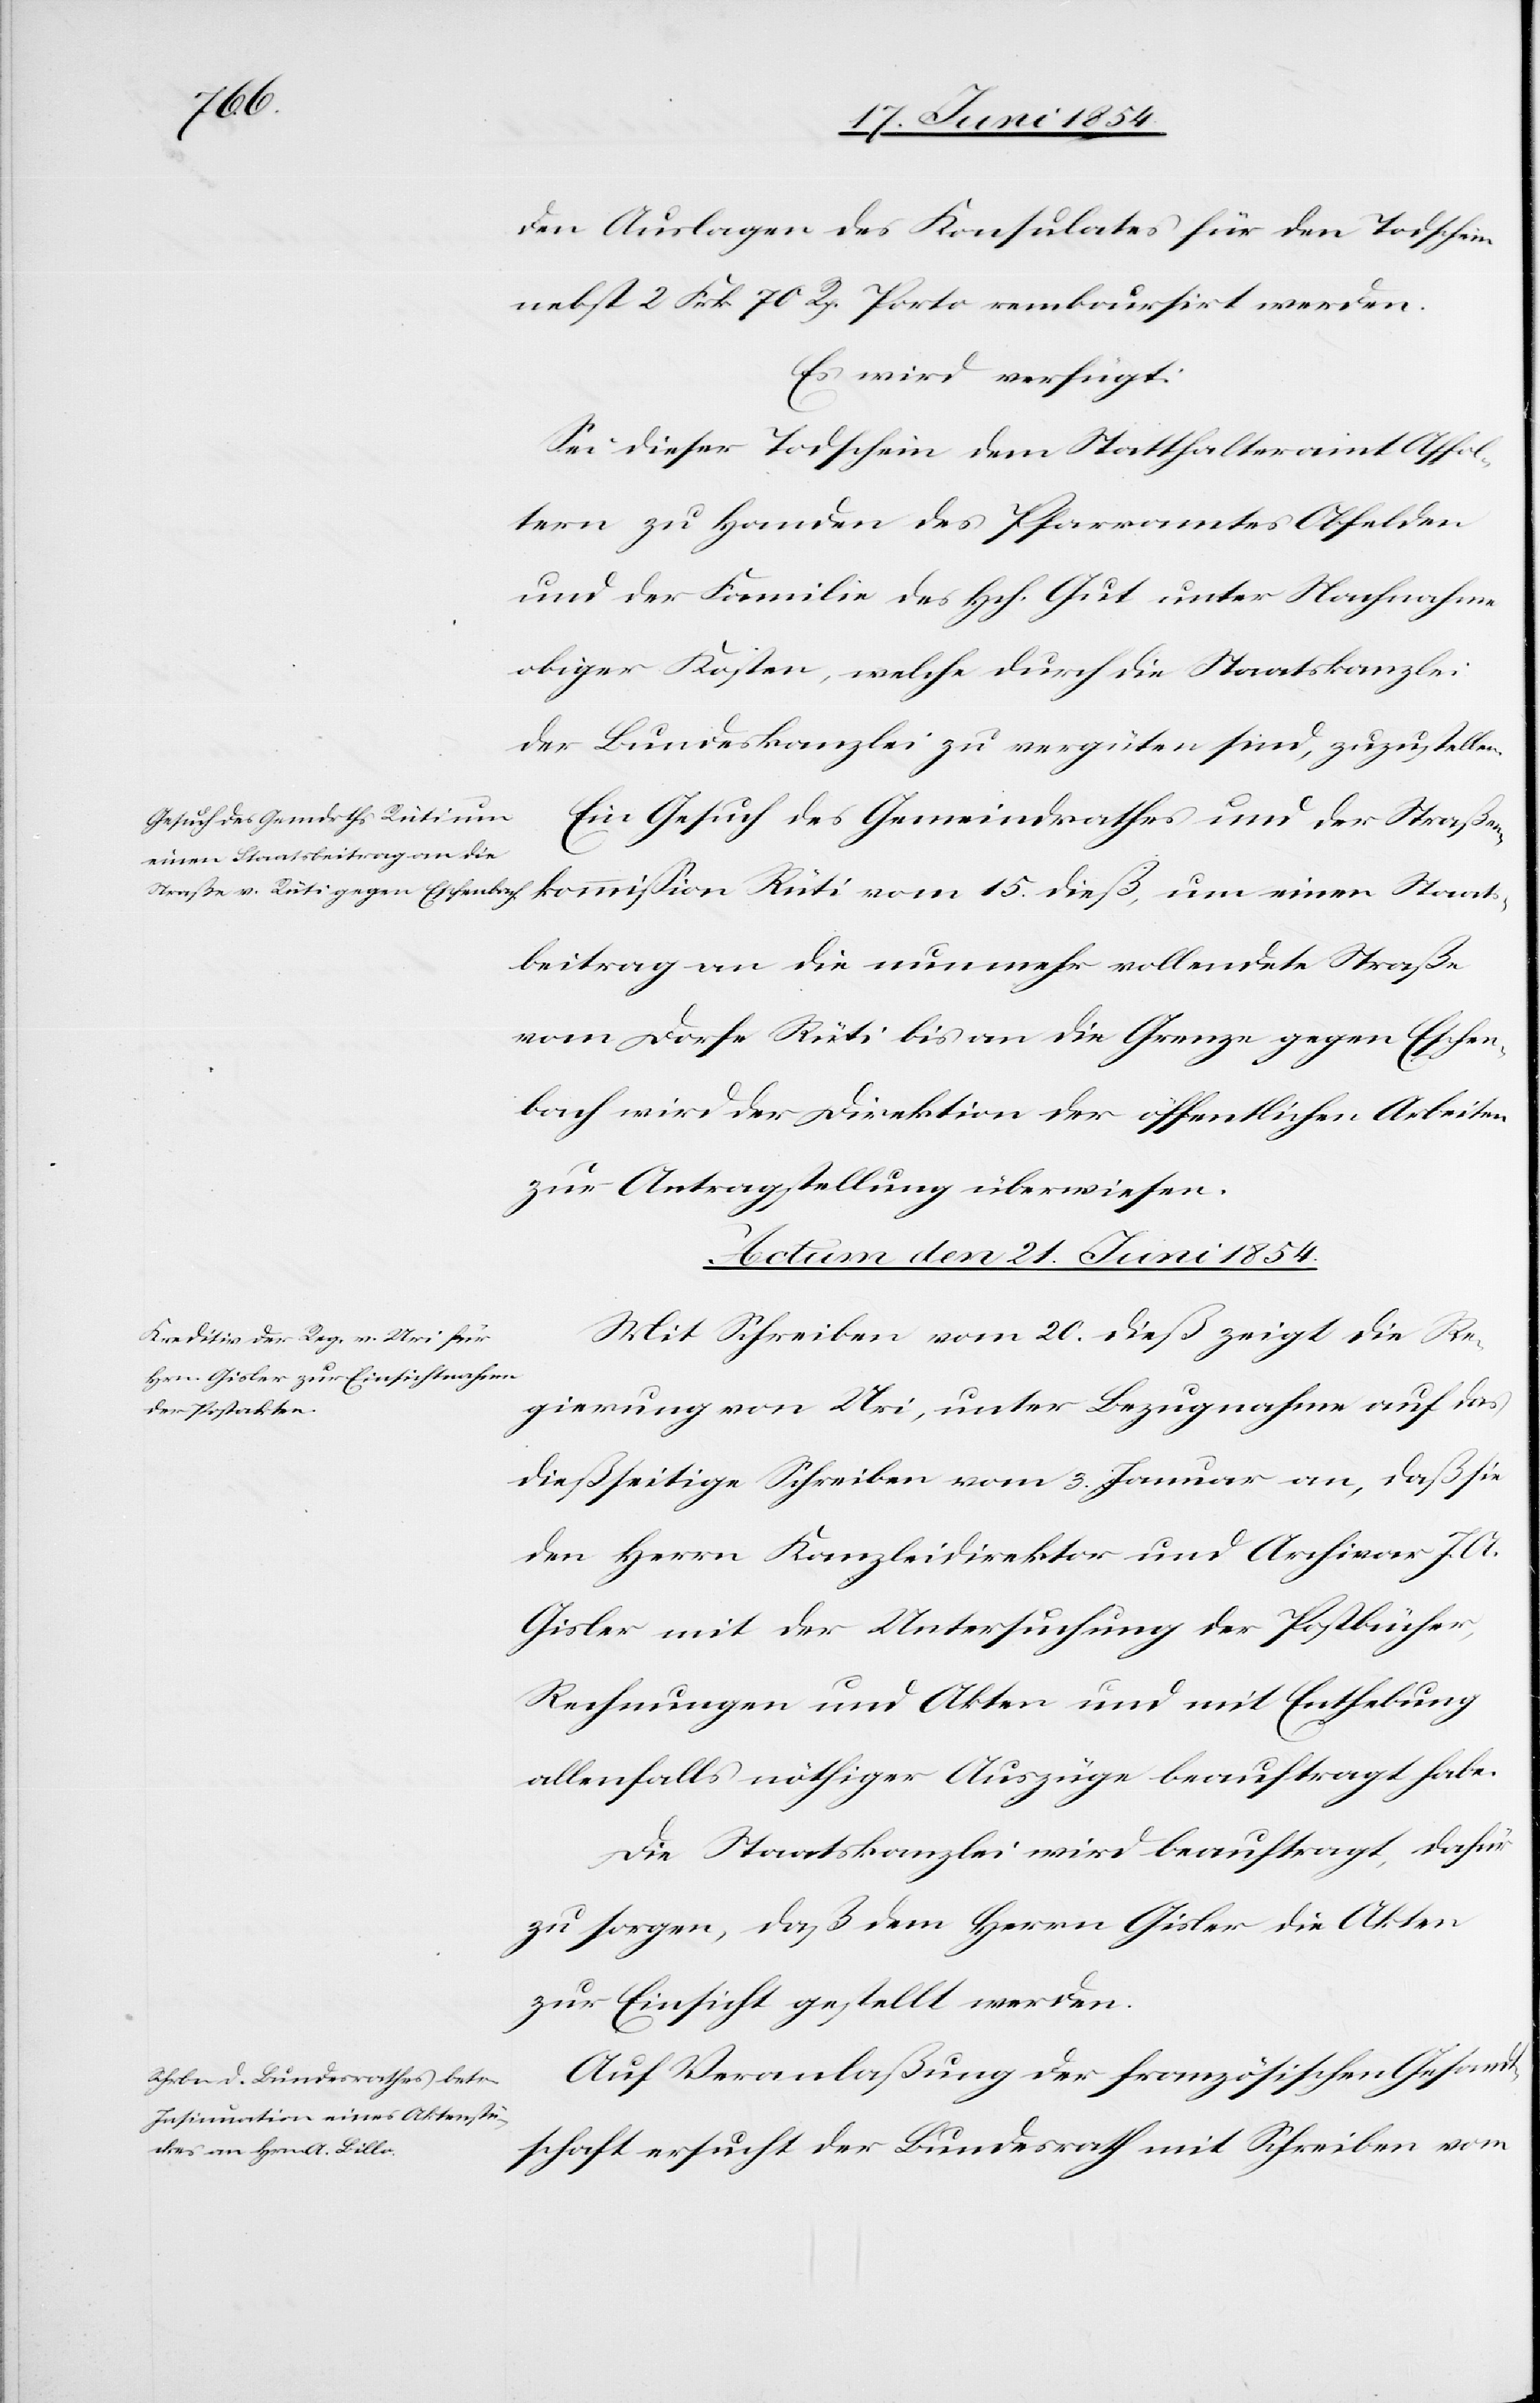
den Auslagen des Konsulates für den Todschein
nebst 2 Frk. 70 Rp. Porto reboursirt werden.
Es wird verfügt:
Sei dieser Todschein dem Statthalteramt Affol¬
tern zu Handen des Pfarramtes Obfelden
und der Familie des Hch. Gut unter Nachnahme
obiger Kosten, welche durch die Staatskanzlei
der Bundeskanzlei zu vergüten sind, zuzustellen.
Ein Gesuch des Gemeindrathes und der Straßen¬
kommißion Rüti vom 15. dieß, um einen Staats¬
beitrag an die nunmehr vollendete Straße
vom Dorfe Rüti bis an die Grenze gegen Eschen¬
bach wird der Direktion der öffentlichen Arbeiten
zur Antragstellung überweisen.
Actum den 21. Juni 1854.]
Mit Schreiben vom 20. dieß zeigt die Re¬
gierung von Uri, unter Bezugnahme auf das
dießseitige Schreiben vom 3. Januar an, daß sie
den Herrn Kanzleidirektor und Archivar J. A.
Gisler mit der Untersuchung der Postbücher,
Rechnungen und Akten und mit Enthebung
allenfalls nöthiger Auszüge beauftragt habe.
Die Staatskanzlei wird beauftragt, dafür
zu sorgen, daß dem Herrn Gisler die Akten
zur Einsicht gestellt werden.
Auf Veranlaßung der französischen Gesand¬
tschaft ersucht der Bundesrath mit Schreiben vom